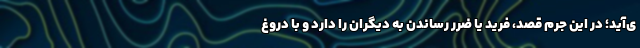
ی‌آید؛ در این جرم قصد، فرید یا ضرر رساندن به دیگران را دارد و با دروغ